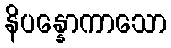
နိပန္နောကာသော